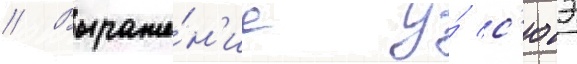
// Выраже́н'ие у́ с'юэ